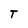
Character: T